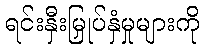
ရင်းနှီးမြှုပ်နှံမှုများကို